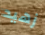
زهيد